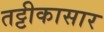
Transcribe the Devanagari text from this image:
तट्टीकासार